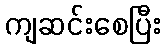
ကျဆင်းစေပြီး